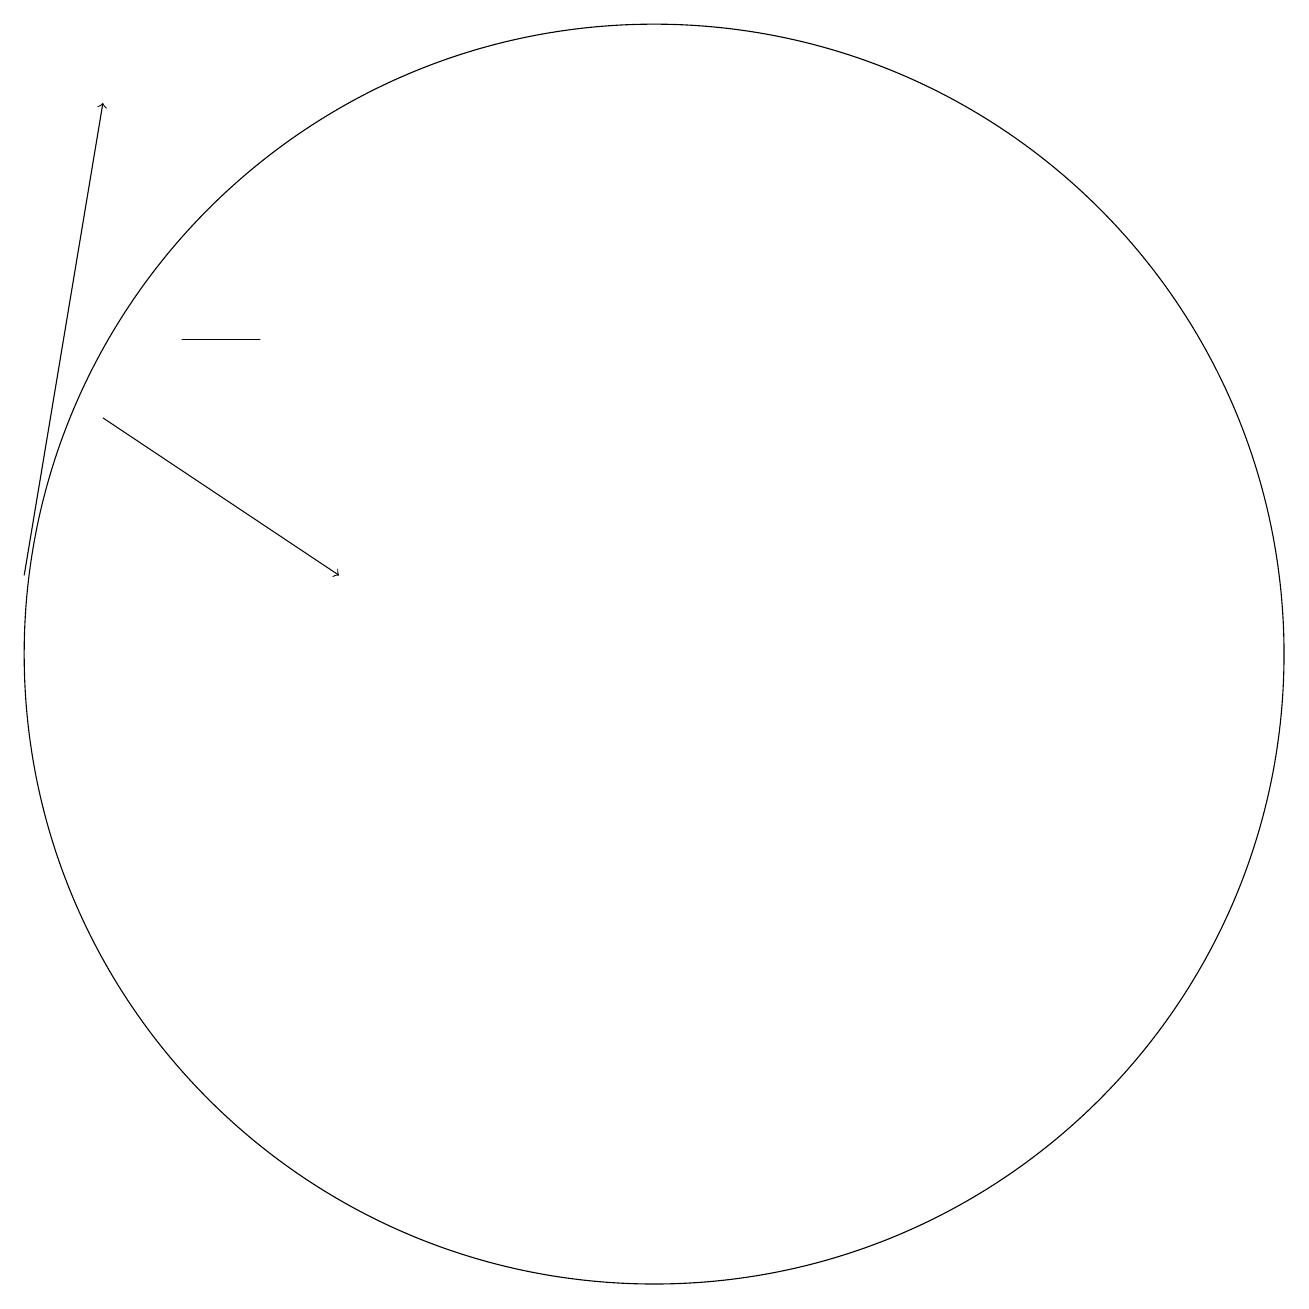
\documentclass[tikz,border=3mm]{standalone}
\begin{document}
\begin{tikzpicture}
\draw[->] (3,11) -- (4,17);
\draw (5,14) rectangle (6,14);
\draw[->] (4,13) -- (7,11);
\draw (11,10) circle (8);
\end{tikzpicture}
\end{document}